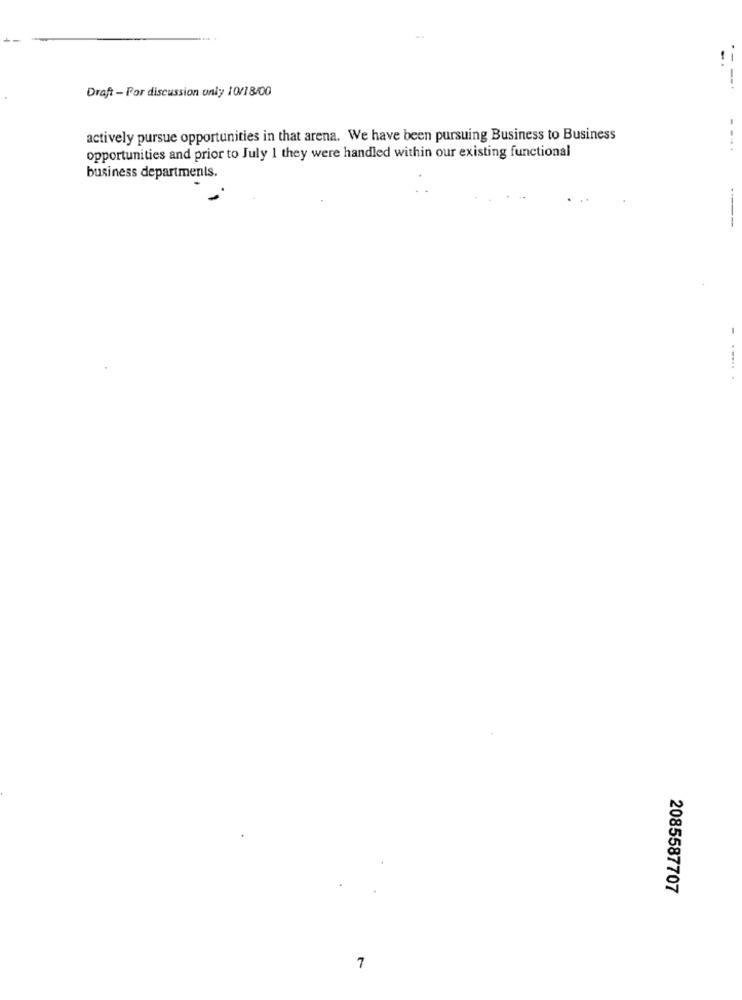
Draft - Por discussion only 10/18/00
actively pursue opportunities in that arena. We have been pursuing Business to Business
opportunities and prior to July 1 they were handled within our existing functional
business departments.
2085587707
7